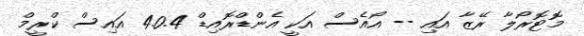
މޮޓޮރޯލާ ރޭޒާ އައި -- އޯއެސް އަކީ އެންޑްރޮއިޑް 4.0.4 އައިސް ކްރީމް